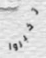
تخبروا